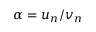
\alpha = u _ { n } / v _ { n }